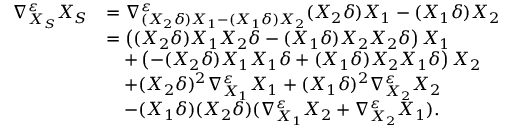
\begin{array} { r l } { \nabla _ { X _ { S } } ^ { \varepsilon } X _ { S } } & { = \nabla _ { ( X _ { 2 } \delta ) X _ { 1 } - ( X _ { 1 } \delta ) X _ { 2 } } ^ { \varepsilon } ( X _ { 2 } \delta ) X _ { 1 } - ( X _ { 1 } \delta ) X _ { 2 } } \\ & { = \left( ( X _ { 2 } \delta ) X _ { 1 } X _ { 2 } \delta - ( X _ { 1 } \delta ) X _ { 2 } X _ { 2 } \delta \right) X _ { 1 } } \\ & { \quad + \left( - ( X _ { 2 } \delta ) X _ { 1 } X _ { 1 } \delta + ( X _ { 1 } \delta ) X _ { 2 } X _ { 1 } \delta \right) X _ { 2 } } \\ & { \quad + ( X _ { 2 } \delta ) ^ { 2 } \nabla _ { X _ { 1 } } ^ { \varepsilon } X _ { 1 } + ( X _ { 1 } \delta ) ^ { 2 } \nabla _ { X _ { 2 } } ^ { \varepsilon } X _ { 2 } } \\ & { \quad - ( X _ { 1 } \delta ) ( X _ { 2 } \delta ) ( \nabla _ { X _ { 1 } } ^ { \varepsilon } X _ { 2 } + \nabla _ { X _ { 2 } } ^ { \varepsilon } X _ { 1 } ) . } \end{array}